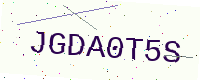
Text: JGDA0T5S